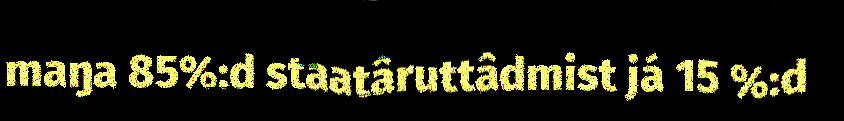
maŋa 85%:d staatâruttâdmist já 15 %:d